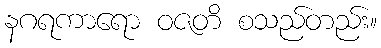
နဂရကာရော ဝဇတိ စသည်တည်း။